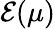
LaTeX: \mathcal E(\mu)